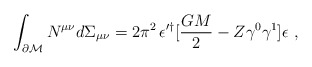
\begin{align*}\int_{\partial{\cal M}}N^{\mu\nu}d\Sigma_{\mu\nu}=2\pi^2 \, \epsilon^{\prime\dagger}[{GM\over2}-Z\gamma^0\gamma^1]\epsilon\ ,\end{align*}